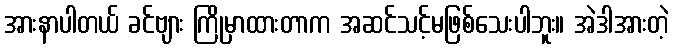
အားနာပါတယ် ခင်ဗျား ကြိုမှာထားတာက အဆင်သင့်မဖြစ်သေးပါဘူး။ အဲဒါအားတဲ့